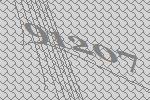
91207